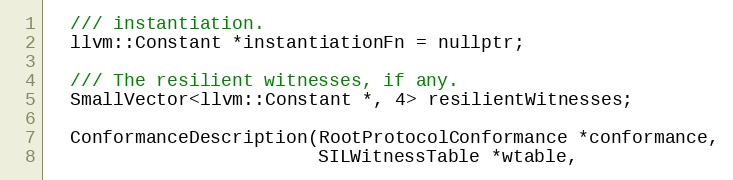
Language: C
  /// instantiation.
  llvm::Constant *instantiationFn = nullptr;

  /// The resilient witnesses, if any.
  SmallVector<llvm::Constant *, 4> resilientWitnesses;

  ConformanceDescription(RootProtocolConformance *conformance,
                         SILWitnessTable *wtable,